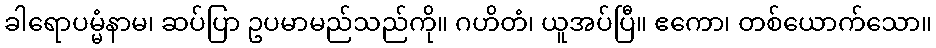
ခါရောပမ္မံနာမ၊ ဆပ်ပြာ ဥပမာမည်သည်ကို။ ဂဟိတံ၊ ယူအပ်ပြီ။ ဧကော၊ တစ်ယောက်သော။